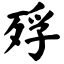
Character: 殍